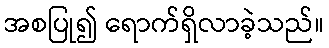
အစပြု၍ ရောက်ရှိလာခဲ့သည်။